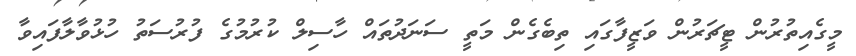
މީގެއިތުރުން ޓީޗަރުން ވަޒީފާގައި ތިބެގެން މަތީ ސަނަދުތައް ހާސިލް ކުރުމުގެ ފުރުސަތު ހުޅުވާލާފައިވާ